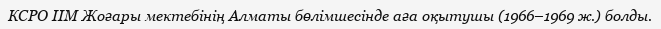
КСРО ІІМ Жоғары мектебінің Алматы бөлімшесінде аға оқытушы (1966–1969 ж.) болды.